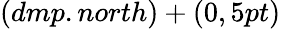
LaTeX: (dmp.north)+(0,5pt)